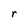
Character: r